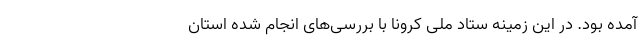
آمده بود. در این زمینه ستاد ملی کرونا با بررسی‌های انجام شده استان